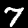
Label: 7